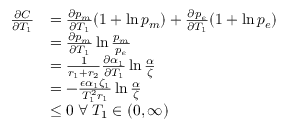
\begin{array} { r l } { \frac { \partial C } { \partial T _ { 1 } } } & { = \frac { \partial p _ { m } } { \partial T _ { 1 } } ( 1 + \ln p _ { m } ) + \frac { \partial p _ { e } } { \partial T _ { 1 } } ( 1 + \ln p _ { e } ) } \\ & { = \frac { \partial p _ { m } } { \partial T _ { 1 } } \ln \frac { p _ { m } } { p _ { e } } } \\ & { = \frac { 1 } { r _ { 1 } + r _ { 2 } } \frac { \partial \alpha _ { 1 } } { \partial T _ { 1 } } \ln \frac { \alpha } { \zeta } } \\ & { = - \frac { \epsilon \alpha _ { 1 } \zeta _ { 1 } } { T _ { 1 } ^ { 2 } r _ { 1 } } \ln \frac { \alpha } { \zeta } } \\ & { \leq 0 \; \forall \; T _ { 1 } \in ( 0 , \infty ) } \end{array}